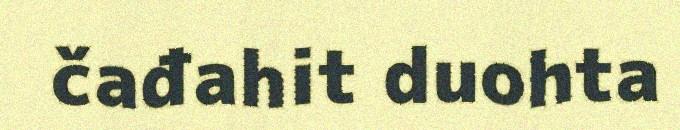
čađahit duohta